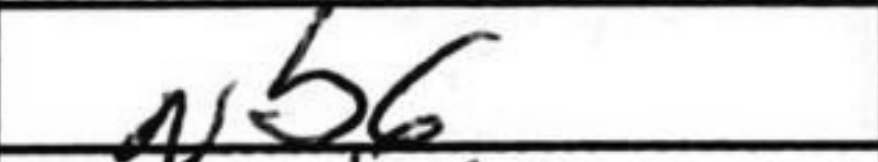
Transcription: Nb6